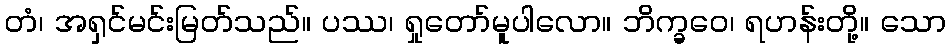
တံ၊ အရှင်မင်းမြတ်သည်။ ပဿ၊ ရှုတော်မူပါလော။ ဘိက္ခဝေ၊ ရဟန်းတို့။ သော